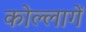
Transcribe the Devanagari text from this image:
कोल्लागें